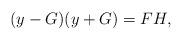
LaTeX: \begin{align*} (y-G)(y+G)=FH,\end{align*}